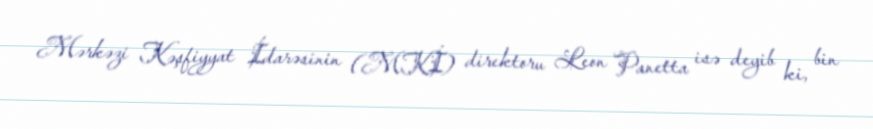
Mərkəzi Kəşfiyyat İdarəsinin (MKİ) direktoru Leon Panetta isə deyib ki, bin